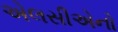
એલસીએનો